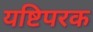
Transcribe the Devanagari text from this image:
यष्टिपरक